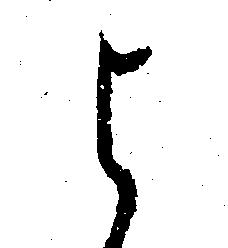
よ